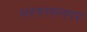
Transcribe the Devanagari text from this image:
भरमासनगर